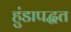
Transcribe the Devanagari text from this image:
हुंडापद्धत